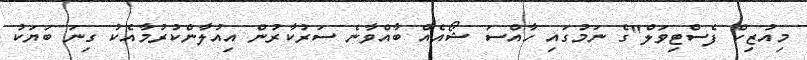
މިއުޒިކް ފެސްޓިވަލް"ގެ ނަމުގައި ހާއްސަ ޝޯއެއް ބާއްވާނެ ސަރުކާރުން އިއުލާންކުރުމާއެކު ގިނަ ބަޔަކު